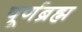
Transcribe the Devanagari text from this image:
पूर्णब्रह्म